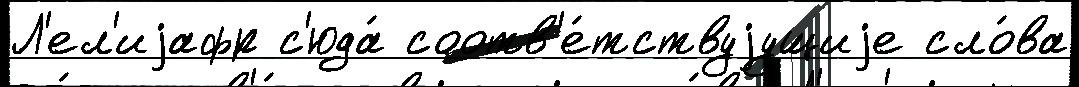
Л'ел'иjафр с'юда́ соотв'е́тствуjущиjе сло́ва